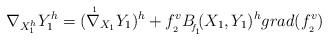
LaTeX: \begin{align*} \nabla _{X_1^h}Y_1^{h}=(\nabla{\hskip -0.2cm^{^{^{1}}}}_{X_1}Y_1)^h+f_{_{2}}^vB{\hskip -0.1cm_{_{f\!_{_{1}}}}}\!\!(X_1,Y_1)^hgrad(f_{_{2}}^v)\end{align*}